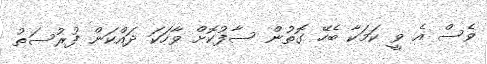
ވެސް އެ ވީ ކަމަކާ ބެހޭ ގޮތުން ސާފުކޮށް ވާހަކަ ދައްކަން ފުރުސަތު